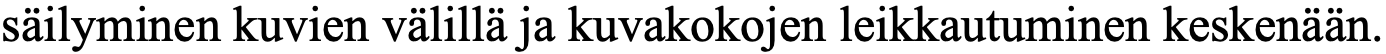
säilyminen kuvien välillä ja kuvakokojen leikkautuminen keskenään.